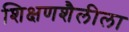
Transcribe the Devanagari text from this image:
शिक्षणशैलीला